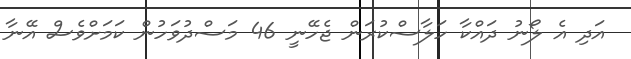
އަދި އެ ލޯނު ދައްކާ ހަލާސްކުރަން ޖެހޭނީ 46 މަސްދުވަހުން ކަމަށްވެސް އޭނާ